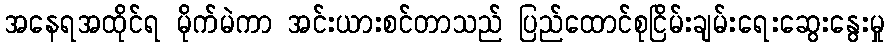
အနေရအထိုင်ရ မိုက်မဲကာ အင်းယားစင်တာသည် ပြည်ထောင်စုငြိမ်းချမ်းရေးဆွေးနွေးမှု